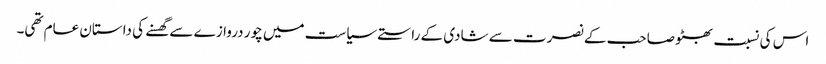
اس کی نسبت بھٹو صاحب کے نصرت سے شادی کے راستے سیاست میں چور دروازے سے گھسنے کی داستان عام تھی۔